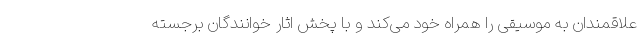
علاقمندان به موسیقی را همراه خود می‌کند و با پخش اثار خوانندگان برجسته